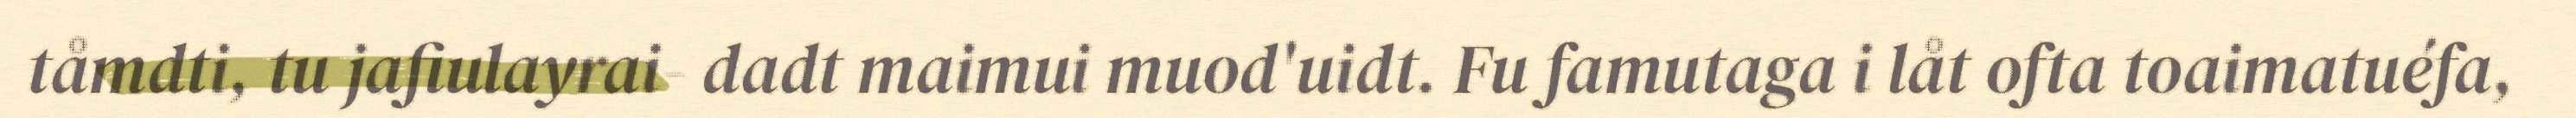
tåmdti, tu jafiulayrai- dadt maimui muod'uidt. Fu famutaga i låt ofta toaimatuéfa,